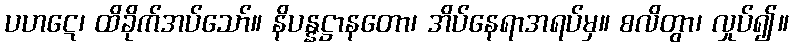
ပဟဋေ၊ ထိခိုက်အပ်သော်။ နိပန္နဋ္ဌာနတော၊ အိပ်နေရာအရပ်မှ။ စလိတွာ၊ လှုပ်၍။